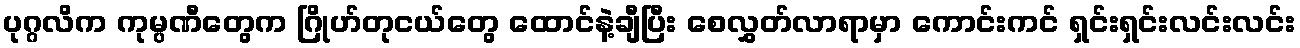
ပုဂ္ဂလိက ကုမ္ပဏီတွေက ဂြိုဟ်တုငယ်တွေ ထောင်နဲ့ချီပြီး စေလွှတ်လာရာမှာ ကောင်းကင် ရှင်းရှင်းလင်းလင်း